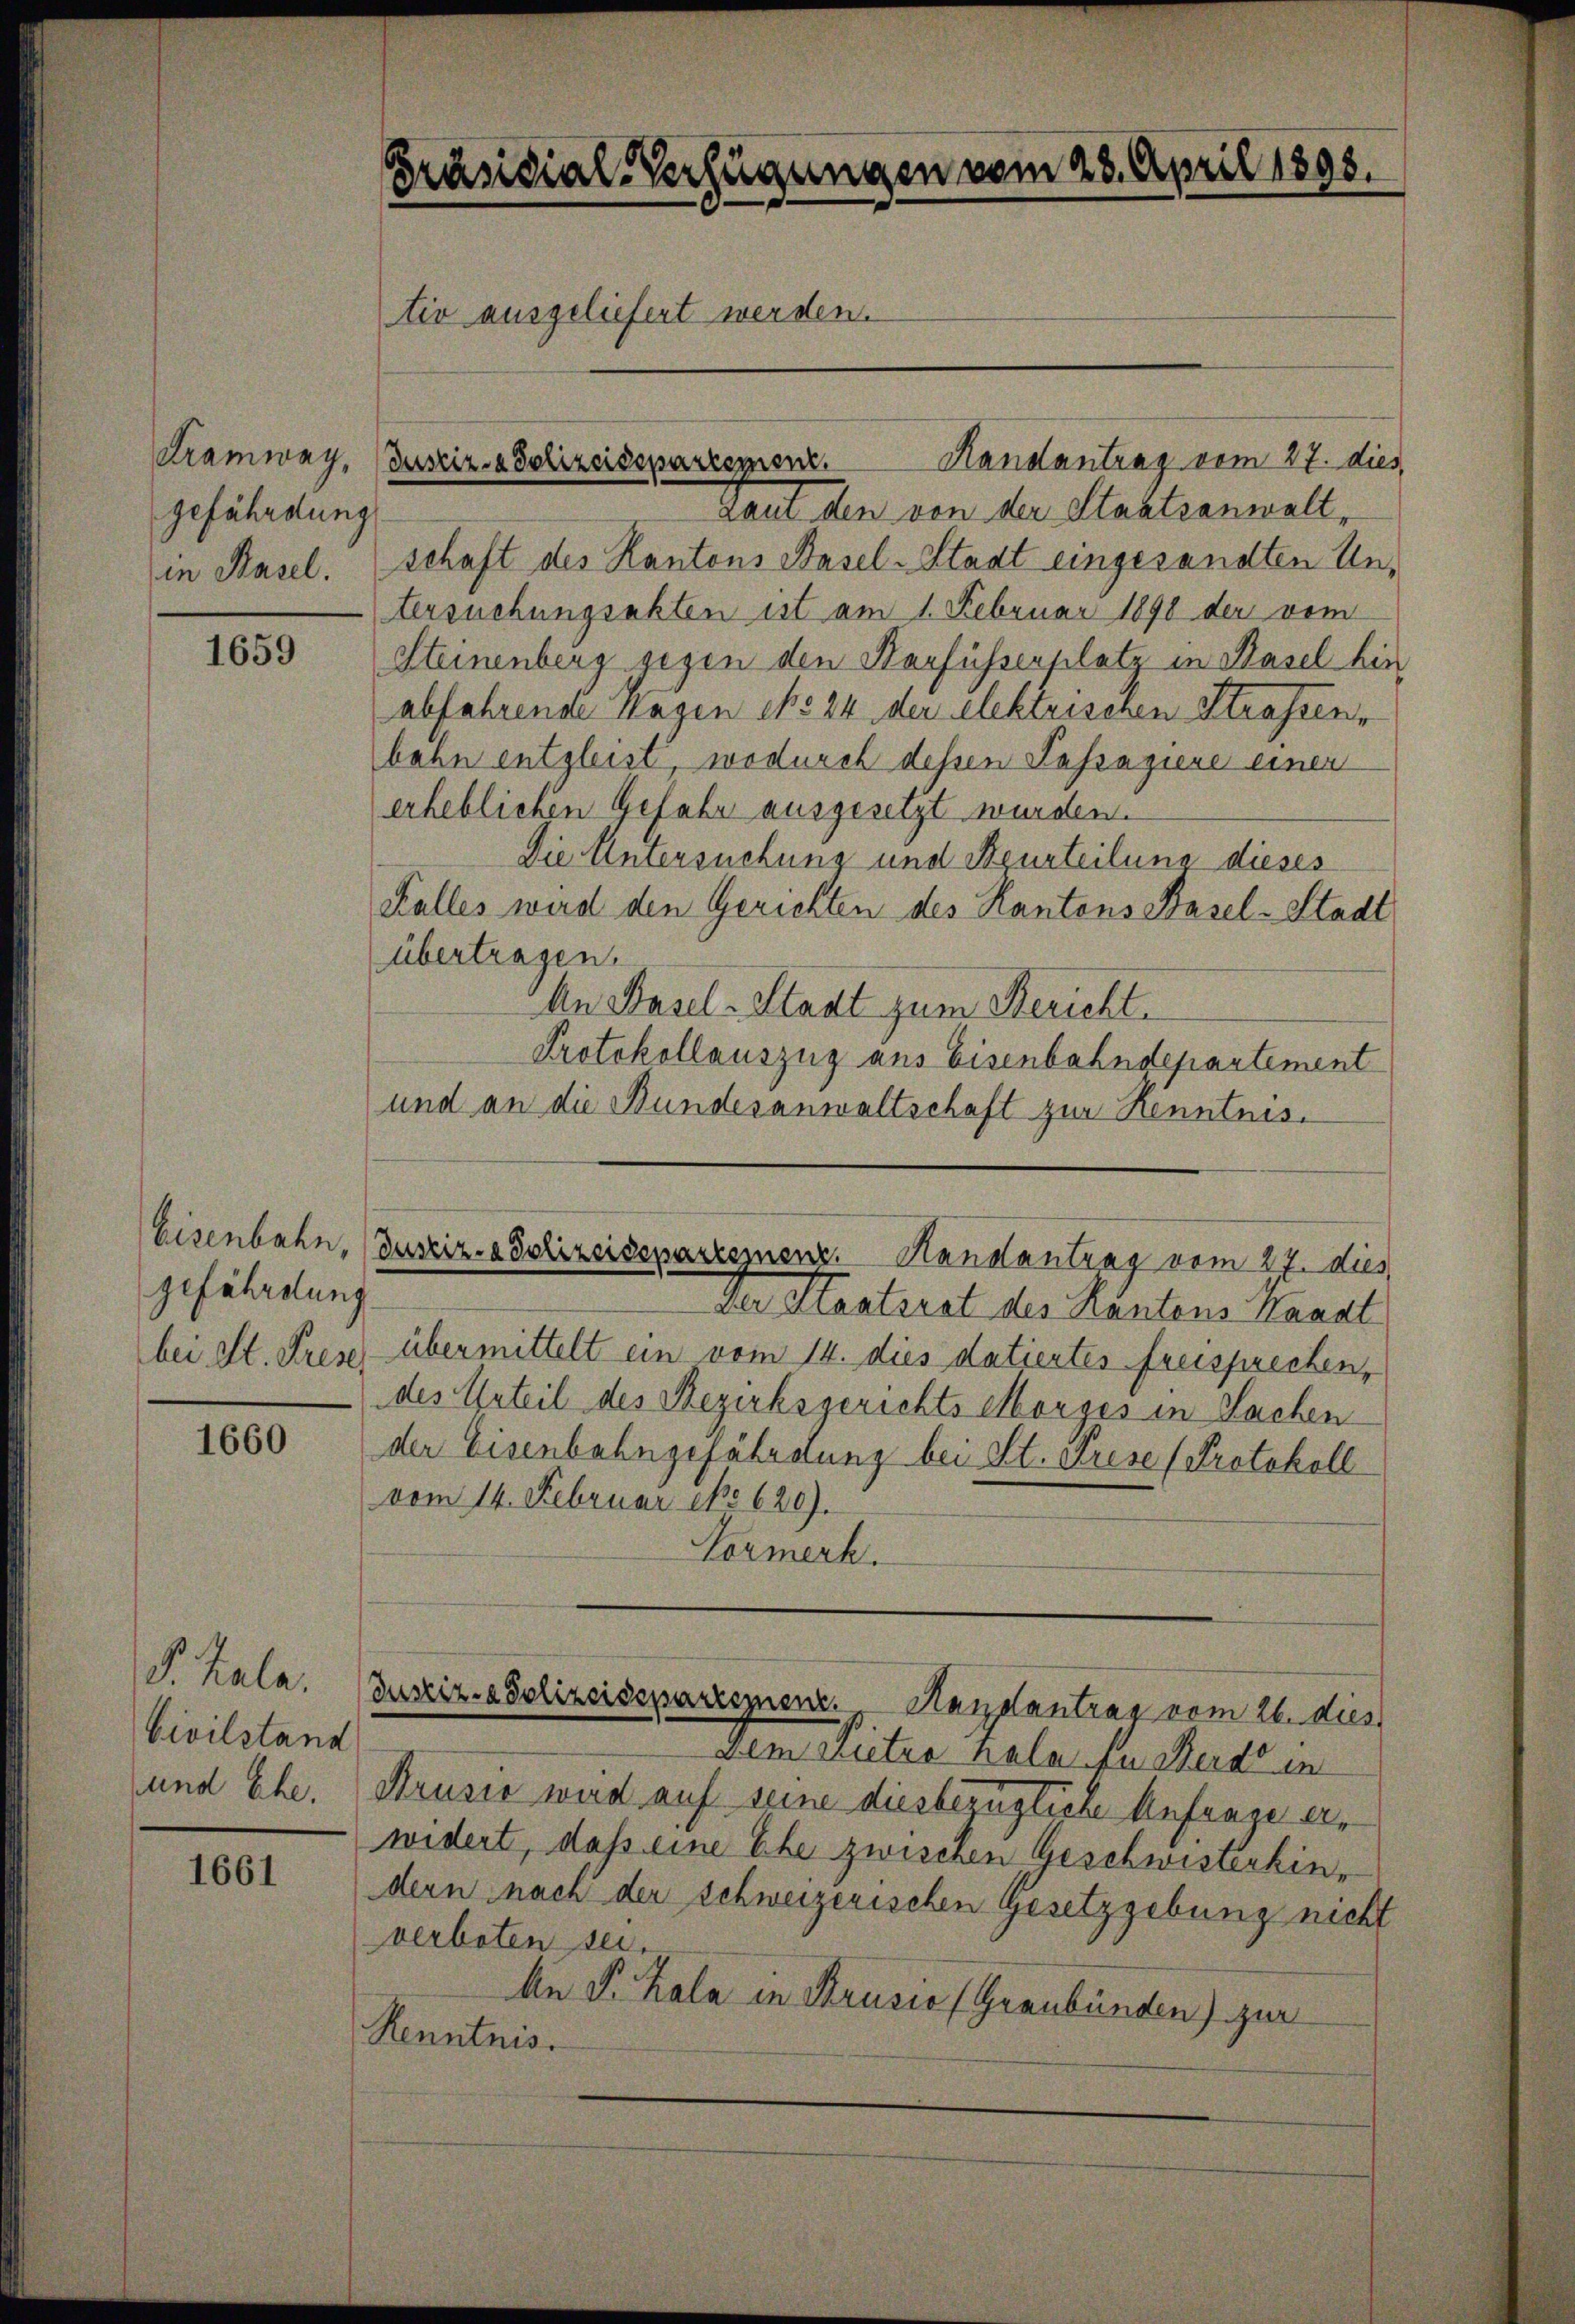
gefährdung
in Hasel.

1659

gefährdung
bei St. Press

1660

S. Kala.
Civilstand
und Ehe.

1661

Präsidial-Verfügungen vom 28. April 1898.
tiv ausgeliefert werden.

Taut den von der Staatsanwalt,
schaft des Kantons Basel-Stadt eingesandten Untersuchungsakten ist am 1. Februar 1890 der vom
Steinenberg gegen den Harfüssenplatz in Basel bis
abfahrende Wagen No 24 der elektrischen Strassen,
bahn entgleist, wodurch dessen Passagiere einer
erheblichen Gefahr ausgesetzt werden.
Die Untersuchung und Beurteilung dieses
Kalles wird den Gerichten des Kantons Basel-Stadt
übertragen.
An Basel-Stadt zum Bericht.
Protokollauszug aus Eisenbahndepartement
und an die Bundesanwaltschaft zur Kenntnis.

Tramway, Burrir-a Polizeissparessione. Handantrag vom 27. dies

Der Staatsrat des Kantons Sanat
übermittelt ein vom 14. dies datiertes freisprechen,
des Urteil des Bezirksgerichts Morges in Sachen
der Eisenbahngefährstung bei St. Krise (Protokoll
vom 14. Februar c. 620).
Vormerk.

Demettre hala zu werde in
Krusie wird auf seine diesbezügliche Anfrage erwidert, dass eine Ehe zweichen Geschwisterkindern nach der schweizerischen Gesetzgebung nicht
verboten sei.
An P. Kala in Brusio (Graubünden) zur
Renntnis.

Eisenbahn, Justiz- & Polizeiseparzenenz. Handantrag vom 27. dies

Justiz- & Polizeisepartement. Handantrag vom 26. dies